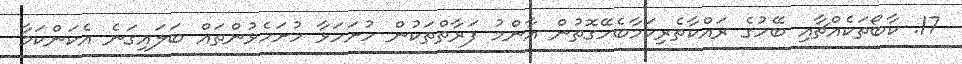
17. ކާބޯތަކެއްޗާއި ބޭހުގެ ރައްކާތެރިކަމާބެހޭގޮތުން އާންމު ފަރާތްތަކުން ހުށަހަޅާ ހުށަހެޅުންތައް ބަލައިގަނެ އެކަންކަމާ